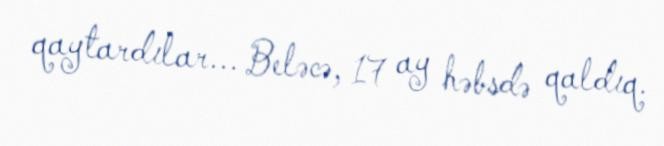
qaytardılar... Beləcə, 17 ay həbsdə qaldıq.